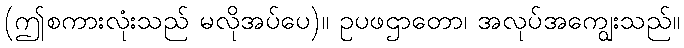
(ဤစကားလုံးသည် မလိုအပ်ပေ)။ ဥပဖဌာတော၊ အလုပ်အကျွေးသည်။